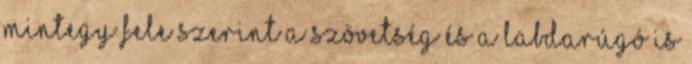
mintegy fele szerint a szövetség és a labdarúgó is